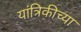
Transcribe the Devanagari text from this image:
यांत्रिकीच्या